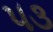
૫૩